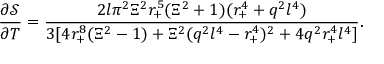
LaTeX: \frac { \partial \mathcal { S } } { \partial T } = \frac { 2 l \pi ^ { 2 } \Xi ^ { 2 } r _ { + } ^ { 5 } ( \Xi ^ { 2 } + 1 ) ( r _ { + } ^ { 4 } + q ^ { 2 } l ^ { 4 } ) } { 3 [ 4 r _ { + } ^ { 8 } ( \Xi ^ { 2 } - 1 ) + \Xi ^ { 2 } ( q ^ { 2 } l ^ { 4 } - r _ { + } ^ { 4 } ) ^ { 2 } + 4 q ^ { 2 } r _ { + } ^ { 4 } l ^ { 4 } ] } .